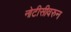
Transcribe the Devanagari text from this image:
नोटीसीवरुन